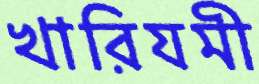
খারিযমী